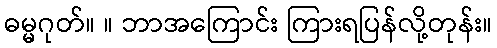
ဓမ္မဂုတ်။ ။ ဘာအကြောင်း ကြားရပြန်လို့တုန်း။